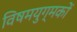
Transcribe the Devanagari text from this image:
विषमयुग्मकों